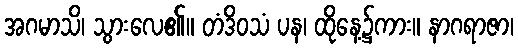
အဂမာသိ၊ သွားလေ၏။ တံဒိဝသံ ပန၊ ထိုနေ့၌ကား။ နာဂရာဇာ၊